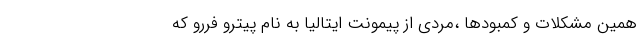
همین مشکلات و کمبودها ،مردی از پیمونت ایتالیا به نام پیترو فررو که